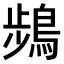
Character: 𫛄